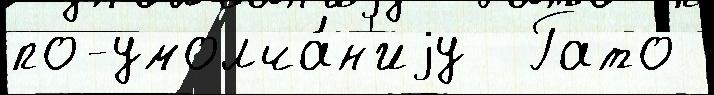
по-умолча́н'иjу  Гато